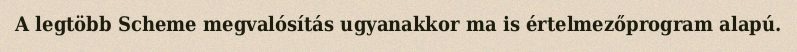
A legtöbb Scheme megvalósítás ugyanakkor ma is értelmezőprogram alapú.